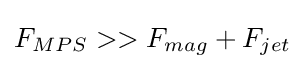
{\textstyle F_{MPS}>>F_{mag}+F_{jet}}